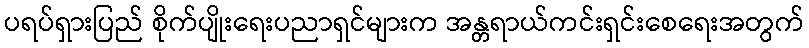
ပရပ်ရှားပြည် စိုက်ပျိုးရေးပညာရှင်များက အန္တရာယ်ကင်းရှင်းစေရေးအတွက်